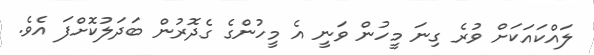
ލައްކައަކަށް ވުރެ ގިނަ މީހުން ވަނީ އެ މީހުންގެ ގެދޮރުން ބަދަލުކޮށްފަ އެވެ.